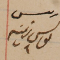
رئيس يوسف زينه